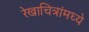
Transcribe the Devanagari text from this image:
रेखाचित्रांमध्ये